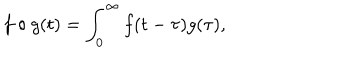
f \circ g ( t ) = \int _ { 0 } ^ { \infty } f ( t - \tau ) g ( \tau ) ,